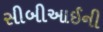
સીબીઆઈની